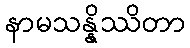
နာမသန္နိဿိတာ